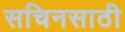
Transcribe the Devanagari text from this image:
सचिनसाठी